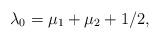
LaTeX: \begin{align*} \lambda_0=\mu_1+\mu_2+1/2,\end{align*}